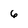
Character: 6